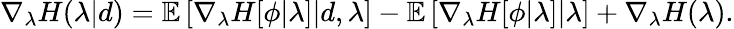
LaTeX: \nabla_{\lambda}H(\lambda|d)=\mathbb{E}\left[\nabla_{\lambda}H[\phi|\lambda]\middle|d,\lambda\right]-\mathbb{E}\left[\nabla_{\lambda}H[\phi|\lambda]\middle|\lambda\right]+\nabla_{\lambda}H(\lambda).